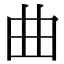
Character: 曲